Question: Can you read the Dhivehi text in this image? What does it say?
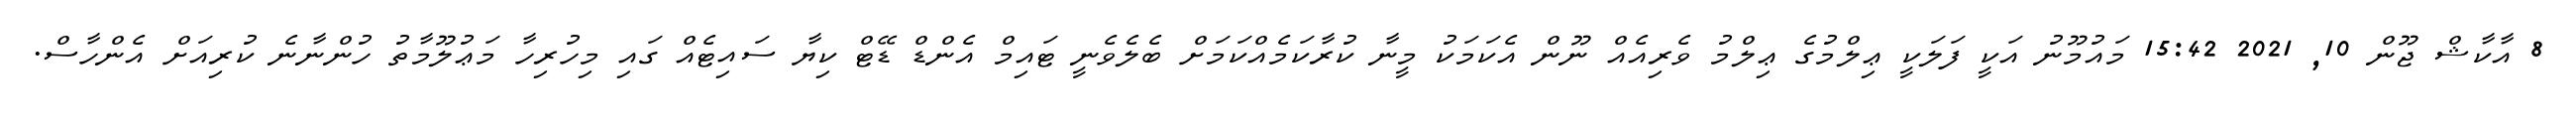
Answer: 8 އާކާޝް ޖޫން 10, 2021 15:42 މައުމޫނު އަކީ ފަލަކީ ޢިލްމުގެ ޢިލްމު ވެރިއެއް ނޫން އެކަމަކު މީނާ ކުރާކަމެއްކަމަށް ބެލެވެނީ ޓައިމް އެންޑް ޑޭޓް ކިޔާ ސައިޓެއް ގައި މިހުރިހާ މަޢުލޫމާތު ހުންނާނެ ކުރިއަށް އެންހާސް.